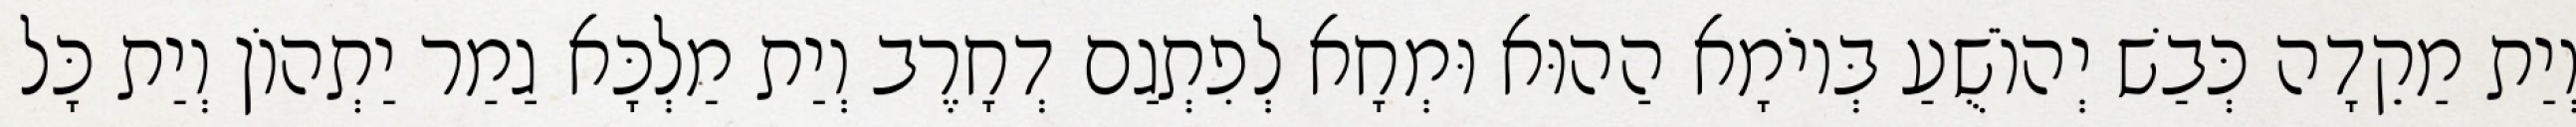
וְיַת מַקֵדָה כְּבַשׁ יְהוֹשֻׁעַ בְּיוֹמָא הַהוּא וּמְחָא לְפִתְגַם דְחָרֶב וְיַת מַלְכָּא גַמַר יַתְהוֹן וְיַת כָּל